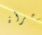
لأمرأة